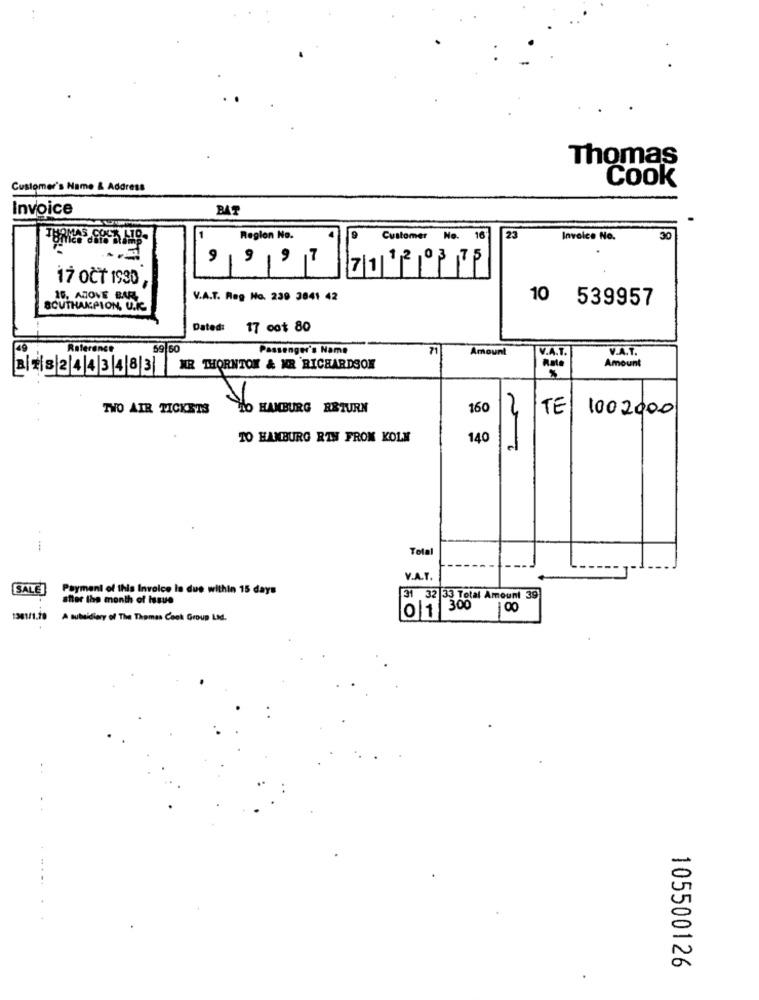
Thomas
Cook
Customer's Name & Address
Invoice
BAT
1
Region No.
Customer No. 16
23
Invoice No.
30
9 9 9 7
7 1 1 2 0 3 75
17 OCT 1930 ,
19. ABOVE BAR
V.A.T. Reg No. 239 3841 42
10 539957
SOUTHAMPION, U.C
Dated: 17 oot 80
Raterance
59 60
Passenger's Name
71
Amount
V.A.T.
V.A.T.
B | 2| 8|2|4|4 3 48 3 KR THORNTON & KR RICHARDSON
Amount
TWO AIR TICKETS
Ho HANBURG RETURN
160
TE
1002000
TO HAMBURG RIH FROM KOLM
140
e
i
Total
V.A.T.
SALE
Payment of this Invoice la due within 15 days
39
stler the month of Issue
31 32 33 Total Amount
0 1 300
8
1301/1.70
A subsidiary of The Thomas Cook Group Ltd.
.. .
105500126